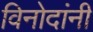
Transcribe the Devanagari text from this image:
विनोदांनी